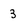
Character: 3